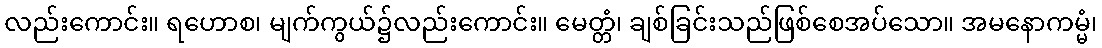
လည်းကောင်း။ ရဟောစ၊ မျက်ကွယ်၌လည်းကောင်း။ မေတ္တံ၊ ချစ်ခြင်းသည်ဖြစ်စေအပ်သော။ အမနောကမ္မံ၊